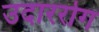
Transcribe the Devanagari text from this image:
उदाररोग